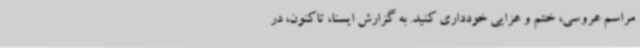
مراسم عروسی، ختم و عزایی خودداری کنید. به گزارش ایسنا، تاکنون، در